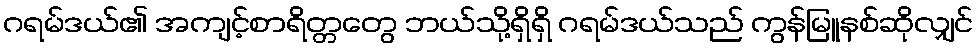
ဂရမ်ဒယ်၏ အကျင့်စာရိတ္တတွေ ဘယ်သို့ရှိရှိ ဂရမ်ဒယ်သည် ကွန်မြူနစ်ဆိုလျှင်